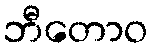
ဘီတောဝ